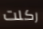
ركلت